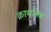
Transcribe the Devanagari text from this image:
क्रायजेक